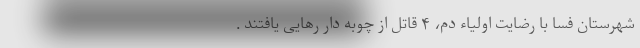
شهرستان فسا با رضایت اولیاء دم، ۴ قاتل از چوبه دار رهایی یافتند .